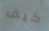
كيف